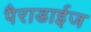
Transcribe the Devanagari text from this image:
पैराडाईज